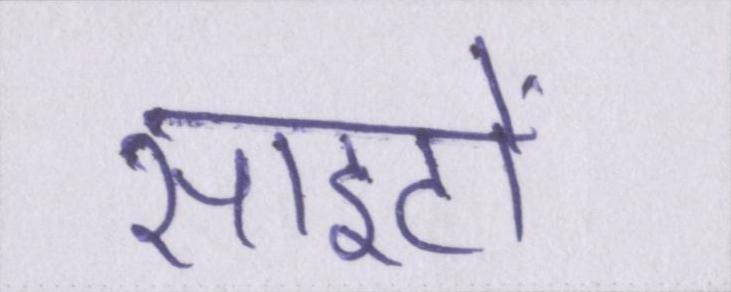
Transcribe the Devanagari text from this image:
साइटों